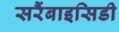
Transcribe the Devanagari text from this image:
सरैंबाइसिडी